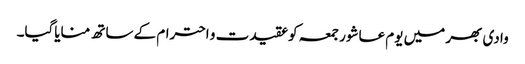
وادی بھر میں یوم عاشور جمعہ کوعقیدت و احترام کے ساتھ منایاگیا۔